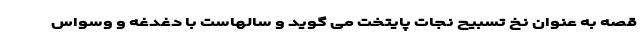
قصه به عنوان نخ تسبیح نجات پایتخت می گوید و سالهاست با دغدغه و وسواس